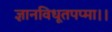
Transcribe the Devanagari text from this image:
ज्ञानविधूतपप्मा।।